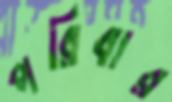
পরিবার